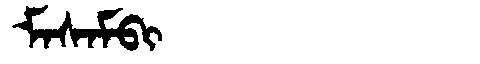
Manchu: ᠮᠠᠰᠠᠮᠪᡳ
Romanization: MASAMBI